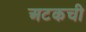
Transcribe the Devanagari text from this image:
अटकची